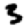
Digit: 3